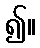
၍။